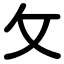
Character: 攵